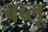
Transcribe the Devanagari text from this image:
बब्लू